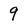
Character: 9